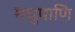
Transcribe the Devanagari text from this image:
मधुपाणि